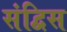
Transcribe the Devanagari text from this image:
संद्विस